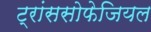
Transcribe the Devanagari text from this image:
ट्रांससोफेजियल